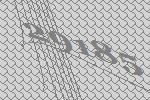
29185